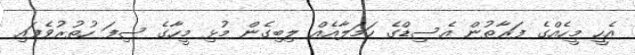
އެހީ މީހެއްގެ ފަރާތުން އެސިޑްގެ ހަމަލާއެއް ލިބިގެން މުޅި މީހާގެ ސިފަ ހުތުރުވެފައި